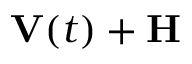
\mathbf { V } ( t ) + \mathbf { H }